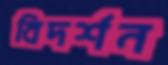
বিদর্শন